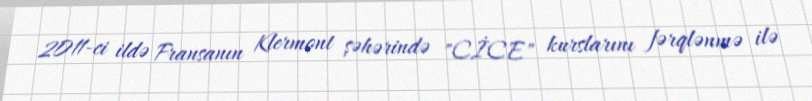
2011-ci ildə Fransanın Klermont şəhərində "CİCE" kurslarını fərqlənmə ilə